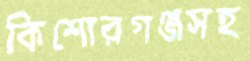
কিশোরগঞ্জসহ